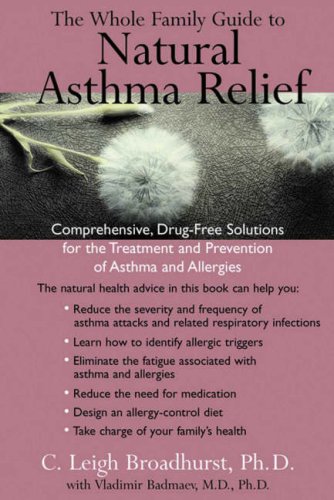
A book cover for The Whole Family Guide to Natural Asthma Relief: comph Drug Free solns for Treatment Prevention Asthma Allergies; Ph.D C. Leigh Broadhurst; Health, Fitness & Dieting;